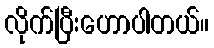
လိုက်ပြီးဟောပါတယ်။